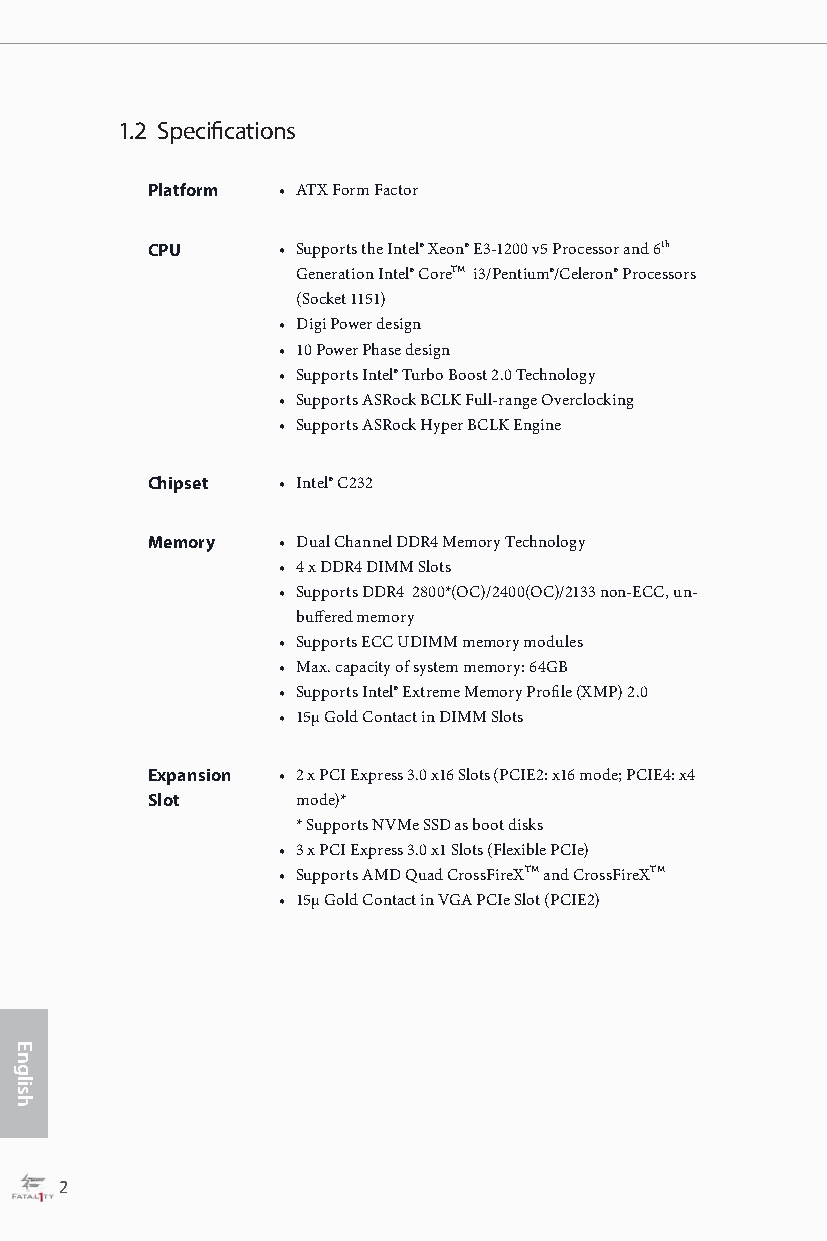
1.2 Specifications
 Platform • ATX Form Factor
 CPU     • Supports the Intel® Xeon® E3-1200 v5 Processor and 6th
 Generation Intel® CoreTM i3/Pentium®/Celeron® Processors
 (Socket 1151)
 • Digi Power design
 • 10 Power Phase design
 • Supports Intel® Turbo Boost 2.0 Technology
 • Supports ASRock BCLK Full-range Overclocking
 • Supports ASRock Hyper BCLK Engine
 Chipset • Intel® C232
 Memory  • Dual Channel DDR4 Memory Technology
 • 4 x DDR4 DIMM Slots
 • Supports DDR4 2800*(OC)/2400(OC)/2133 non-ECC, un-
 buffered memory
 • Supports ECC UDIMM memory modules
 • Max. capacity of system memory: 64GB
 • Supports Intel® Extreme Memory Profile (XMP) 2.0
 • 15μ Gold Contact in DIMM Slots
 Expansion • 2 x PCI Express 3.0 x16 Slots (PCIE2: x16 mode; PCIE4: x4
 Slot      mode)*
 * Supports NVMe SSD as boot disks
 • 3 x PCI Express 3.0 x1 Slots (Flexible PCIe)
 • Supports AMD Quad CrossFireXTM and CrossFireXTM
 • 15μ Gold Contact in VGA PCIe Slot (PCIE2)
 2                                                                                                    3
 English